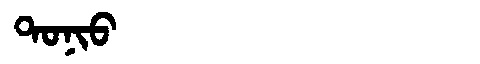
Manchu: ᡨᠣᠨᡳᠣ
Romanization: TONIO